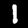
Digit: 1